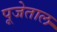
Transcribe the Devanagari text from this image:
पूजेताल